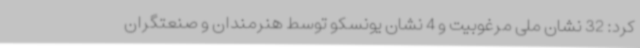
کرد: 32 نشان ملی مرغوبیت و 4 نشان یونسکو توسط هنرمندان و صنعتگران